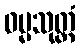
ဓမ္မသုတ္တံ